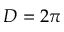
D = 2 \pi